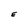
Character: E